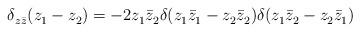
LaTeX: \begin{align*}\delta_{z\bar{z}}^{}(z_1^{}-z_2^{})=-2z_1^{}\bar{z}_2^{}\delta(z_1^{}\bar{z}_1^{}-z_2^{}\bar{z}_2^{})\delta(z_1^{}\bar{z}_2^{}-z_2^{}\bar{z}_1^{})\end{align*}